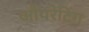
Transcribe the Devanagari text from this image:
औपरेटिंग